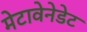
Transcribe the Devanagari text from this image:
मेटावेनेडेट